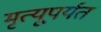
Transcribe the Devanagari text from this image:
मृत्यूपर्यत